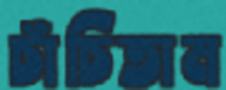
চাঁচিতাম